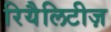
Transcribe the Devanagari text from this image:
रियैलिटीज़